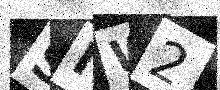
Text: SIW2